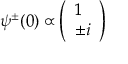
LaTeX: \psi ^ { \pm } ( 0 ) \propto \left( \begin{array} { l } { { 1 } } \\ { { \pm i } } \end{array} \right)